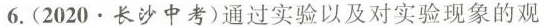
6.(2020·长沙中考)通过实验以及对实验现象的观